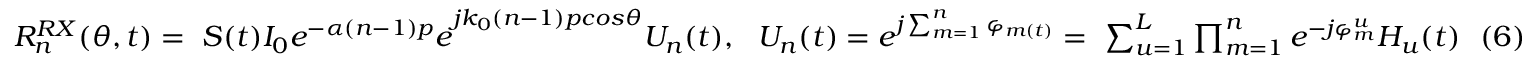
\begin{array} { r } { R _ { n } ^ { R X } ( \theta , t ) = \ S ( t ) { I _ { 0 } e ^ { - \alpha ( n - 1 ) p } e } ^ { j k _ { 0 } ( n - 1 ) p c o s \theta } U _ { n } ( t ) , \ \ { U _ { n } ( t ) = e } ^ { j \sum _ { m = 1 } ^ { n } \varphi _ { m ( t ) } } = \ \sum _ { u = 1 } ^ { L } { \prod _ { m = 1 } ^ { n } e ^ { - j \varphi _ { m } ^ { u } } H _ { u } ( t ) } \ \ ( 6 ) } \end{array}